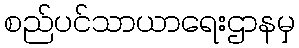
စည်ပင်သာယာရေးဌာနမှ